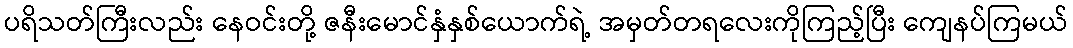
ပရိသတ်ကြီးလည်း နေဝင်းတို့ ဇနီးမောင်နှံနှစ်ယောက်ရဲ့ အမှတ်တရလေးကိုကြည့်ပြီး ကျေနပ်ကြမယ်